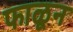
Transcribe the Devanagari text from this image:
फाळून